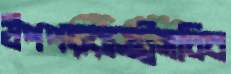
উপপররাষ্ট্রসচিব